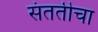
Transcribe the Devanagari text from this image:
संततीचा